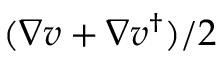
( \nabla \boldsymbol { v } + \nabla \boldsymbol { v } ^ { \dagger } ) / 2